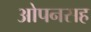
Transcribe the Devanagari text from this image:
ओपनसह